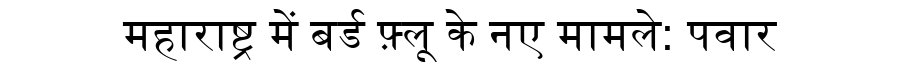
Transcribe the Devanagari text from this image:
महाराष्ट्र में बर्ड फ़्लू के नए मामले: पवार